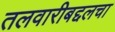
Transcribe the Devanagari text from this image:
तलवारीबद्दलचा